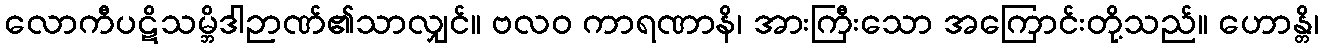
လောကီပဋိသမ္ဘိဒါဉာဏ်၏သာလျှင်။ ဗလဝ ကာရဏာနိ၊ အားကြီးသော အကြောင်းတို့သည်။ ဟောန္တိ၊